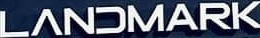
LANDMARK